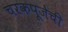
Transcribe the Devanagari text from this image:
चरकपूजेची